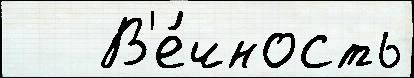
   В'е́чность